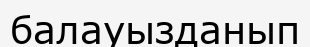
балауызданып